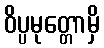
ဝိပ္ပမုတ္တောမှိ